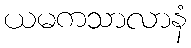
ယမကသာလာနံ